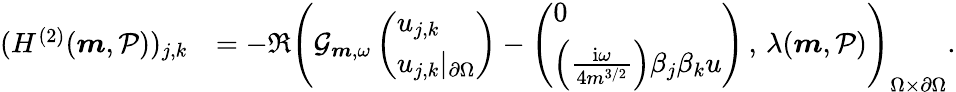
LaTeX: \begin{array}{rl}{(H^{(2)}(\boldsymbol{m},\mathcal{P}))_{j,k}}&{=-\Re\left(\mathcal{G}_{\boldsymbol{m},\omega}\left(\begin{array}{l}{u_{j,k}}\\ {u_{j,k}\vert_{\partial\Omega}}\end{array}\right)-\left(\begin{array}{l}{0}\\ {\left(\frac{\mathrm{i}\omega}{4m^{3/2}}\right)\beta_{j}\beta_{k}u}\end{array}\right)\, ,\, \lambda(\boldsymbol{m},\mathcal{P})\right)_{\Omega\times\partial\Omega}.}\end{array}